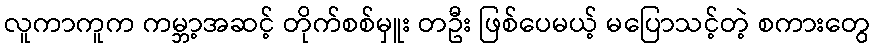
လူကာကူက ကမ္ဘာ့အဆင့် တိုက်စစ်မှူး တဦး ဖြစ်ပေမယ့် မပြောသင့်တဲ့ စကားတွေ